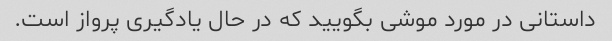
داستانی در مورد موشی بگویید که در حال یادگیری پرواز است.